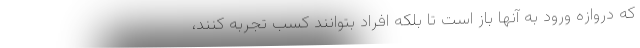
که دروازه ورود به آنها باز است تا بلکه افراد بتوانند کسب تجربه کنند،